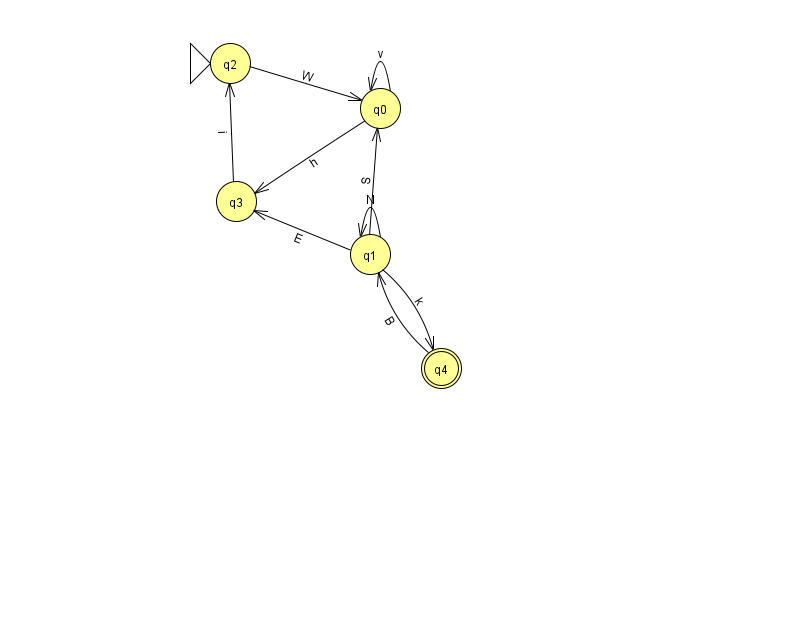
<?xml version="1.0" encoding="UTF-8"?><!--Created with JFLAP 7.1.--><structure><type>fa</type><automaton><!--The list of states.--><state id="0" name="q0"><x>380.0</x><y>95.0</y></state><state id="1" name="q1"><x>370.0</x><y>241.0</y></state><state id="2" name="q2"><x>230.0</x><y>50.0</y><initial/></state><state id="3" name="q3"><x>236.0</x><y>188.0</y></state><state id="4" name="q4"><x>441.0</x><y>355.0</y><final/></state><!--The list of transitions.--><transition><from>1</from><to>3</to><read>E</read></transition><transition><from>1</from><to>4</to><read>k</read></transition><transition><from>2</from><to>0</to><read>W</read></transition><transition><from>0</from><to>0</to><read>v</read></transition><transition><from>1</from><to>0</to><read>S</read></transition><transition><from>0</from><to>3</to><read>h</read></transition><transition><from>4</from><to>1</to><read>B</read></transition><transition><from>3</from><to>2</to><read>i</read></transition><transition><from>1</from><to>1</to><read>N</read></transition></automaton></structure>